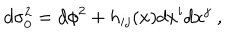
LaTeX: d \sigma _ { 0 } ^ { 2 } = d \phi ^ { 2 } + h _ { i j } ( x ) d x ^ { i } d x ^ { j } \; ,